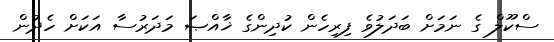
ސްކޫލް ގެ ނަމަށް ބަދަލުވެ ފިރިހެން ކުދިންގެ ޚާއްޞަ މަދަރުސާ އަކަށް ހެދުން